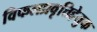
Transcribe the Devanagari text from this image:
विफलप्रवृत्तिहेतुक